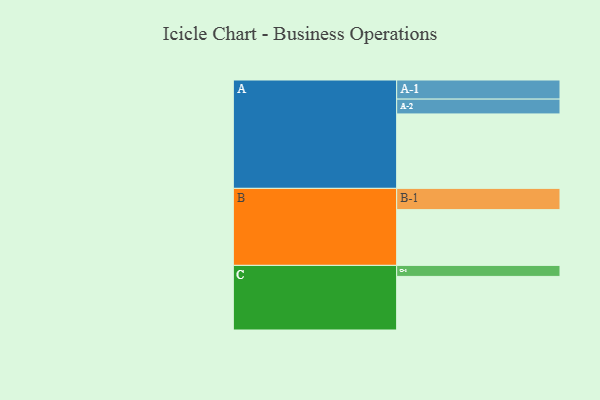
{"axis": {"x": "Segment", "y": "Value"}, "legend": ["", "A", "B", "C"], "data": [{"x": "A", "y": 553, "type": ""}, {"x": "B", "y": 414, "type": ""}, {"x": "C", "y": 398, "type": ""}, {"x": "A-1", "y": 142, "type": "A"}, {"x": "A-2", "y": 110, "type": "A"}, {"x": "B-1", "y": 158, "type": "B"}, {"x": "C-1", "y": 82, "type": "C"}]}